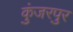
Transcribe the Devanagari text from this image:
कुंजरपुर